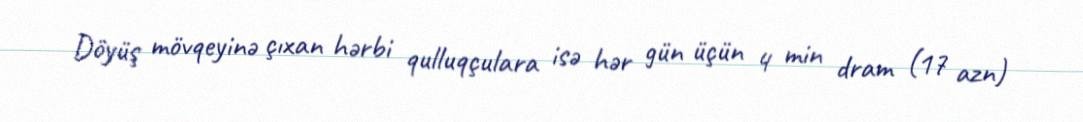
Döyüş mövqeyinə çıxan hərbi qulluqçulara isə hər gün üçün 4 min dram (17 azn)